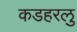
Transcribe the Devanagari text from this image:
कडहरलु